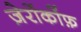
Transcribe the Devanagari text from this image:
ज़ेरोंकोंफ़